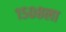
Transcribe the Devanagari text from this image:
१५०८ला